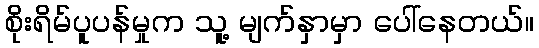
စိုးရိမ်ပူပန်မှုက သူ့ မျက်နှာမှာ ပေါ်နေတယ်။